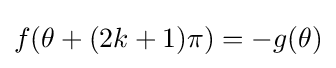
f(\theta +(2k+1)\pi )=-g(\theta )